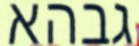
גבהא